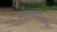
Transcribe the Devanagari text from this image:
इरेसपोन्सिबल